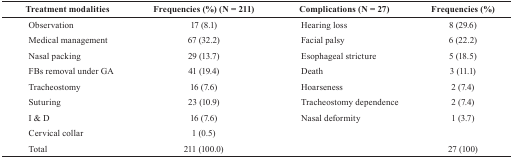
<table><thead><tr><td><b>Treatment modalities</b></td><td><b>Frequencies (%) (N = 211)</b></td><td><b>Complications (N = 27)</b></td><td><b>Frequencies (%)</b></td></tr></thead><tbody><tr><td>Observation</td><td>17 (8.1)</td><td>Hearing loss</td><td>8 (29.6)</td></tr><tr><td>Medical management</td><td>67 (32.2)</td><td>Facial palsy</td><td>6 (22.2)</td></tr><tr><td>Nasal packing</td><td>29 (13.7)</td><td>Esophageal stricture</td><td>5 (18.5)</td></tr><tr><td>FBs removal under GA</td><td>41 (19.4)</td><td>Death</td><td>3 (11.1)</td></tr><tr><td>Tracheostomy</td><td>16 (7.6)</td><td>Hoarseness</td><td>2 (7.4)</td></tr><tr><td>Suturing</td><td>23 (10.9)</td><td>Tracheostomy dependence</td><td>2 (7.4)</td></tr><tr><td>I &amp; D</td><td>16 (7.6)</td><td>Nasal deformity</td><td>1 (3.7)</td></tr><tr><td>Cervical collar</td><td>1 (0.5)</td><td> </td><td> </td></tr><tr><td>Total</td><td>211 (100.0)</td><td> </td><td>27 (100)</td></tr></tbody></table>